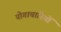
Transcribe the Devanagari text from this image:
योगाचारियों